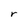
Character: r